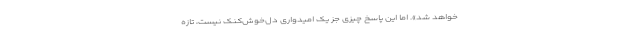
خواهد شد». اما این پاسخ چیزی جز یک امیدواری دل‌خوش‌کنک نیست، تازه